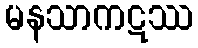
မနသာကဋဿ